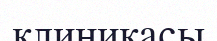
клиникасы